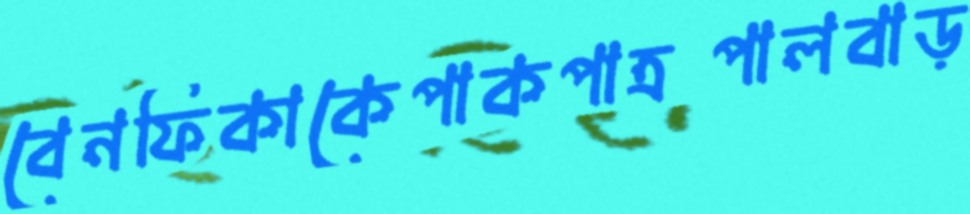
বেনফিকাকেপাকপাত্রপালবাড়